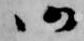
仍